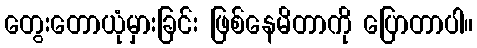
တွေးတောယုံမှားခြင်း ဖြစ်နေမိတာကို ပြောတာပါ။